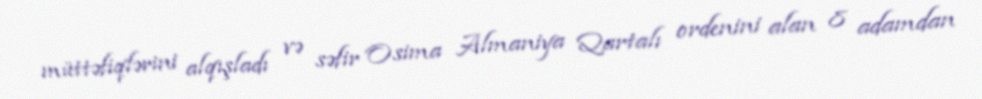
müttəfiqlərini alqışladı və səfir Osima Almaniya Qartalı ordenini alan 8 adamdan